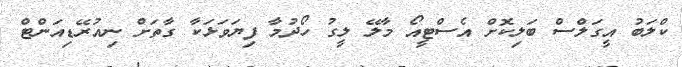
ކްލަބު އީގަލްސް ބަލިކޮށް އެސްޓީއޯ މާލޭ ލީގު ހޯދުމާ ފިޔަވަޅަކާ ގާތަށް ނިއުރޭޑިއަންޓް